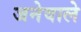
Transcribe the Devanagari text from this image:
जनेवाले